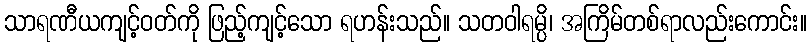
သာရဏီယကျင့်ဝတ်ကို ဖြည့်ကျင့်သော ရဟန်းသည်။ သတဝါရမ္ပိ၊ အကြိမ်တစ်ရာလည်းကောင်း။